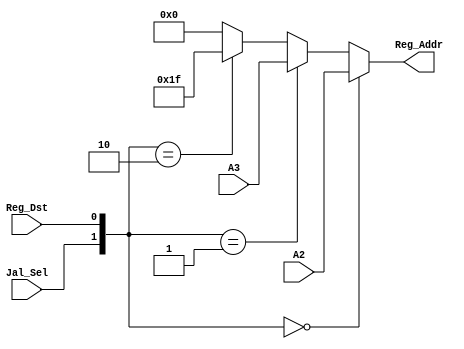
`timescale 1ns / 1ps
//////////////////////////////////////////////////////////////////////////////////
// Company: 
// Engineer: 
// 
// Design Name: 
// Module Name:    a3_sel 
// Project Name: 
// Target Devices: 
// Tool versions: 
// Description: 
//
// Dependencies: 
//
// Revision: 
// Revision 0.01 - File Created
// Additional Comments: 
//
//////////////////////////////////////////////////////////////////////////////////
module a3_sel(
    input [4:0] A2,
    input [4:0] A3,
    input Reg_Dst,
    input Jal_Sel,
	 
    output [4:0] Reg_Addr
    );

    wire [1:0] a3ctr = {Jal_Sel,Reg_Dst};

    assign Reg_Addr =   (a3ctr == 0)?(A2[4:0]):
                        (a3ctr == 1)?(A3[4:0]):
                        (a3ctr == 2)?(5'h1f):
                        5'b0;

endmodule